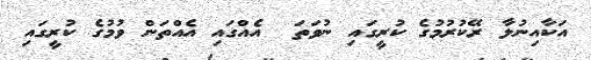
އަކާއިނުލާ ރޭކުރުމުގެ ކުރީގައި ނުވަތަ  އެއްގައި އެއްތަން ވުމުގެ ކުރީގައި